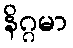
နိဂ္ဂမာ